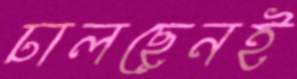
ঢালছেনই